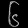
Digit: ၆